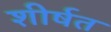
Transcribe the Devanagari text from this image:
शीर्षत